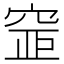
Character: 𥦐